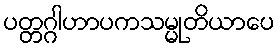
ပတ္တဂ္ဂါဟာပကသမ္မုတိယာပေ